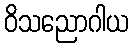
ဝိသညောဂါယ